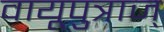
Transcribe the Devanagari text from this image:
वायूपुत्राज्